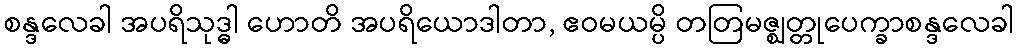
စန္ဒလေခါ အပရိသုဒ္ဓါ ဟောတိ အပရိယောဒါတာ, ဧဝမယမ္ပိ တတြမဇ္ဈတ္တုပေက္ခာစန္ဒလေခါ